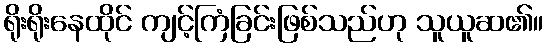
ရိုးရိုးနေထိုင် ကျင့်ကြံခြင်းဖြစ်သည်ဟု သူယူဆ၏။